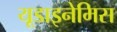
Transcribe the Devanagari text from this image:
यूडाइनेमिस